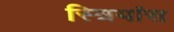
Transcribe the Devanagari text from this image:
स्त्रियांस